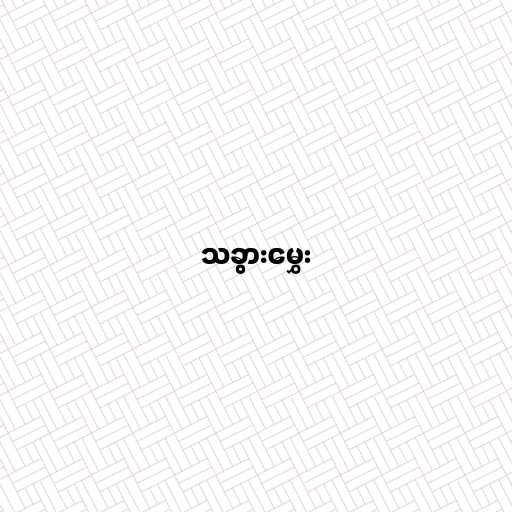
သခွားမွှေး